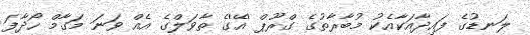
ލަނޑުގެ ފައިދާއަކާއެކު މުބާރާތުގެ ގްރޫޕް 'އޭ'ގެ ތާވަލްގެ އެއް ވަނަ މަގާމް ހޯދާފަ